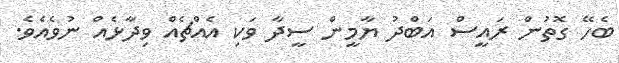
ބެހޭ ގޮތުން ރައީސް އަބްދު ޔާމީން ސީދާ ވަކި އެއްޗެއް ވިދާޅެއް ނުވެއެވެ.